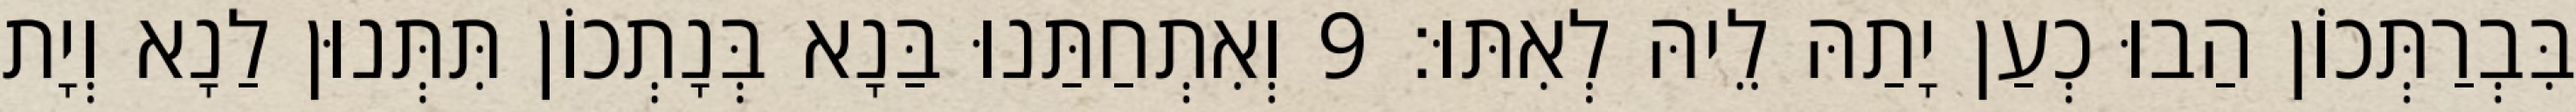
בִּבְרַתְּכוֹן הַבוּ כְעַן יָתַהּ לֵיהּ לְאִתּוּ׃ 9 וְאִתְחַתַּנוּ בַּנָא בְּנָתְכוֹן תִּתְּנוּן לַנָא וְיָת